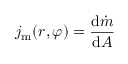
j _ { \mathrm { m } } ( r , \varphi ) = \frac { \mathrm { d } \dot { m } } { \mathrm { d } A }